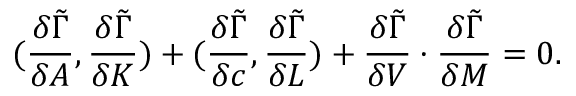
( { \frac { \delta \tilde { \Gamma } } { \delta A } } , { \frac { \delta \tilde { \Gamma } } { \delta K } } ) + ( { \frac { \delta \tilde { \Gamma } } { \delta c } } , { \frac { \delta \tilde { \Gamma } } { \delta L } } ) + { \frac { \delta \tilde { \Gamma } } { \delta V } } \cdot { \frac { \delta \tilde { \Gamma } } { \delta M } } = 0 .